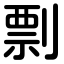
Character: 剽